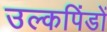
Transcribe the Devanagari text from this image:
उल्कपिंडों